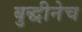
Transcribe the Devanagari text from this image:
बुद्धीनेच